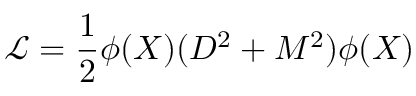
\mathcal { L } = \frac { 1 } { 2 } \phi ( X ) ( D ^ { 2 } + M ^ { 2 } ) \phi ( X )